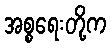
အစ္စရေးတို့က